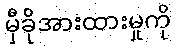
မှီခိုအားထားမှုကို